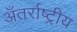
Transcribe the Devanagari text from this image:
अँतर्राष्ट्रीय